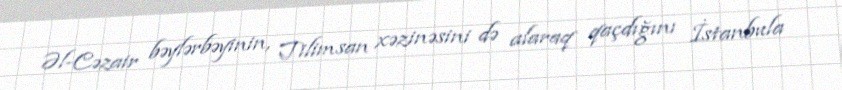
Əl-Cəzair bəylərbəyinin, Tilimsan xəzinəsini də alaraq qaçdığını İstanbula